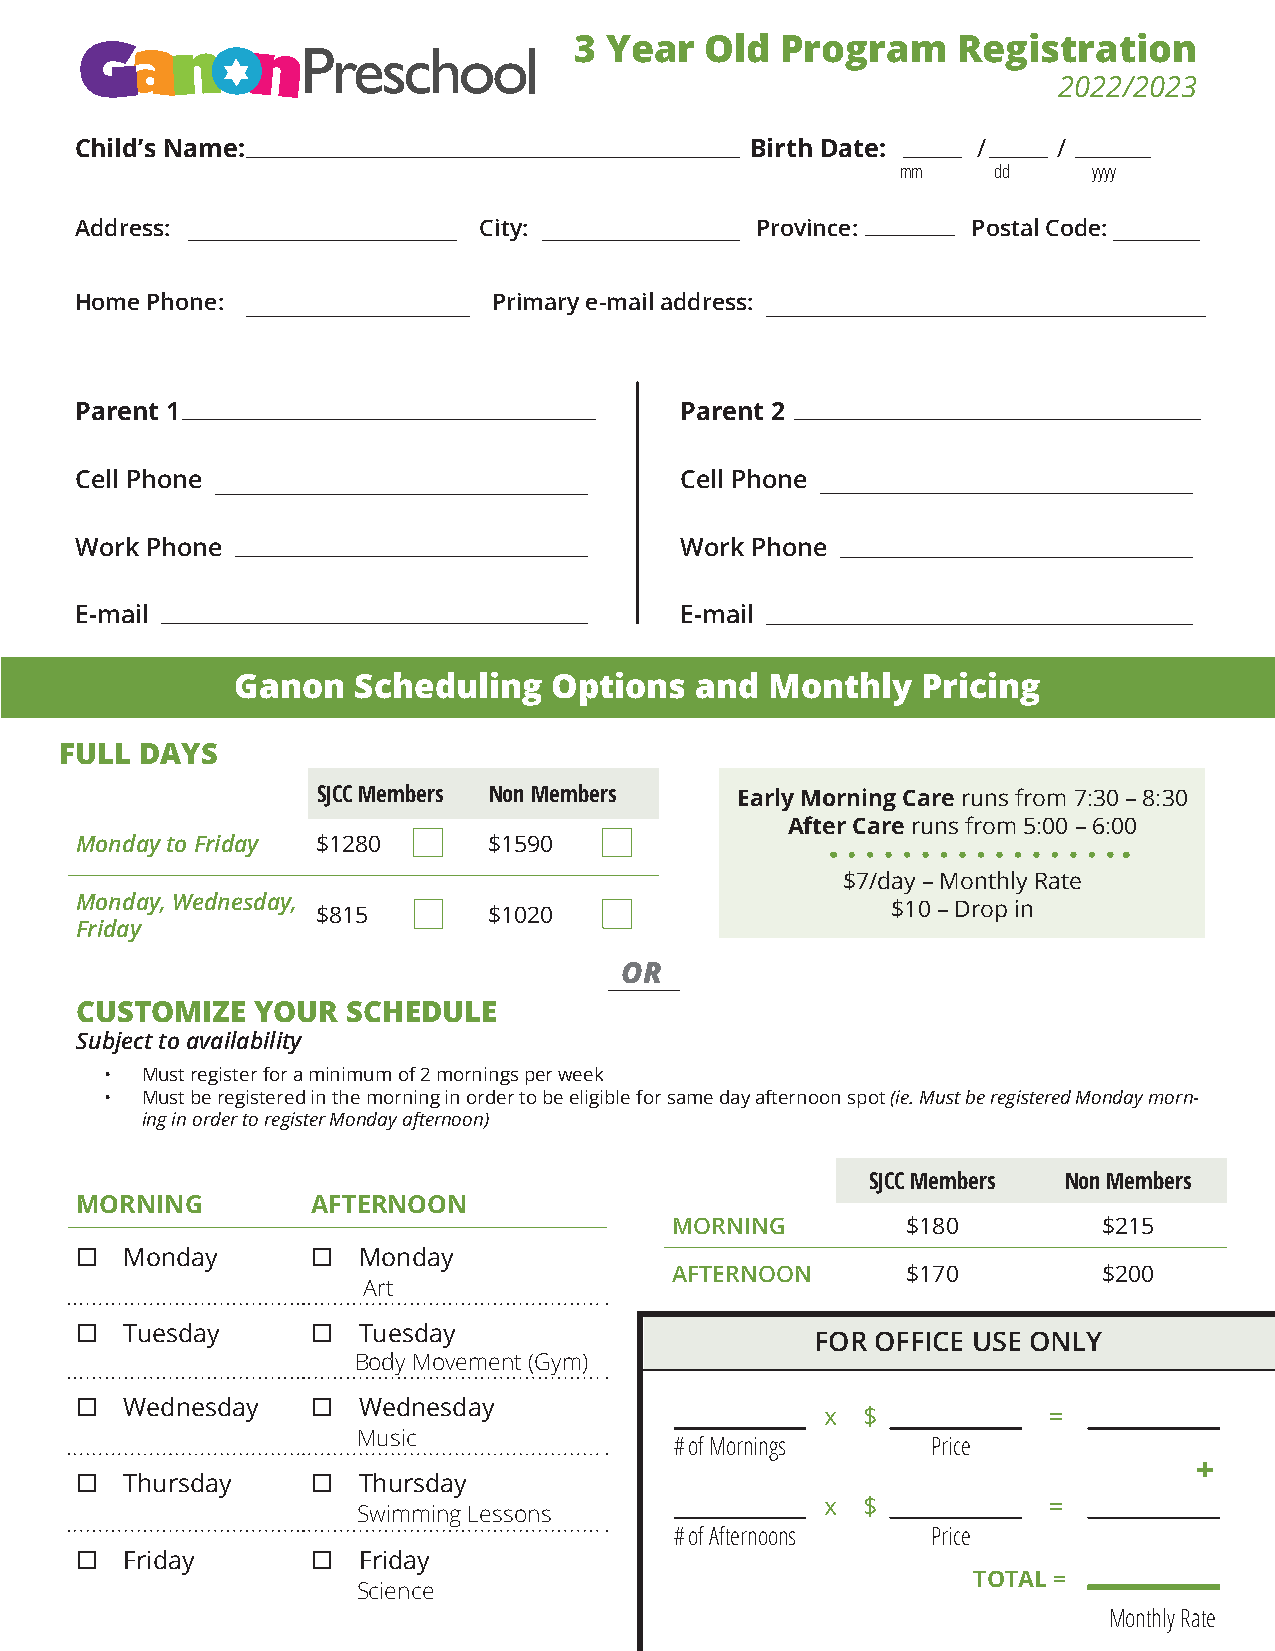
3 Year   Old  Program    Registration
 2022/2023
 Child’s Name:                                Birth Date:    /    /
 mm    dd    yyyy
 Address:                   City:             Province:     Postal Code:
 Home Phone:                 Primary e-mail address:
 Parent 1                                Parent 2
 Cell Phone                              Cell Phone
 Work Phone                              Work Phone
 E-mail                                  E-mail
 Ganon  Scheduling   Options   and  Monthly   Pricing
 FULL DAYS
 SJCC Members Non Members    Early Morning Care runs from 7:30 – 8:30
 After Care runs from 5:00 – 6:00
 Monday to Friday $1280     $1590
 $7/day – Monthly Rate
 Monday, Wednesday,
 $10 – Drop in
 $815       $1020
 Friday
 OR
 CUSTOMIZE   YOUR  SCHEDULE
 Subject to availability
 • Must register for a minimum of 2 mornings per week
 • Must be registered in the morning in order to be eligible for same day afternoon spot (ie. Must be registered Monday morn-
 ing in order to register Monday afternoon)
 SJCC Members Non Members
 MORNING         AFTERNOON
 MORNING         $180         $215
 ¨  Monday       ¨  Monday
 AFTERNOON       $170         $200
 Art
 ¨  Tuesday      ¨  Tuesday
 FOR OFFICE USE ONLY
 Body Movement (Gym)
 ¨  Wednesday    ¨  Wednesday
 x $           =
 Music
 # of Mornings    Price
 +
 ¨  Thursday     ¨  Thursday
 x $           =
 Swimming Lessons
 # of Afternoons  Price
 ¨  Friday       ¨  Friday
 TOTAL =
 Science
 Monthly Rate